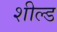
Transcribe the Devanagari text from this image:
शील्‍ड